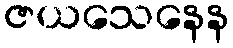
ဇယသေနေန